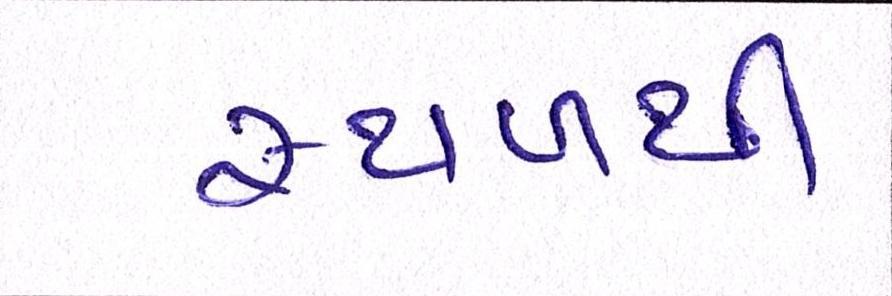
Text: સ્થળથી